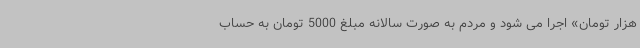
هزار تومان» اجرا می شود و مردم به صورت سالانه مبلغ 5000 تومان به حساب